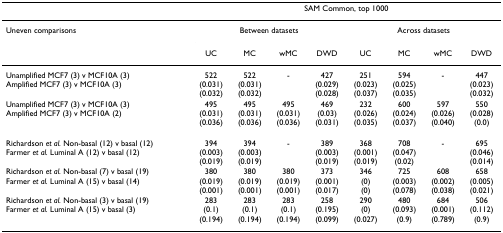
|  | <COLSPAN=8> SAM Common, top 1000 |
 | --- | --- | --- | --- | --- | --- | --- | --- | --- |
 | Uneven comparisons | <COLSPAN=4> Between datasets | <COLSPAN=4> Across datasets |
 |  | UC | MC | wMC | DWD | UC | MC | wMC | DWD |
 | Unamplified MCF7 (3) v MCF10A (3)Amplified MCF7 (3) v MCF10A (3) | 522(0.031)(0.032) | 522(0.031)(0.032) | - | 427(0.029)(0.028) | 251(0.023)(0.037) | 594(0.025)(0.035) | - | 447(0.023)(0.032) |
 | Unamplified MCF7 (3) v MCF10A (3)Amplified MCF7 (3) v MCF10A (2) | 495(0.031)(0.036) | 495(0.031)(0.036) | 495(0.031)(0.036) | 469(0.03)(0.031) | 232(0.026)(0.035) | 600(0.024)(0.037) | 597(0.026)(0.040) | 550(0.028)(0.0) |
 | Richardson et al. Non-basal (12) v basal (12)Farmer et al. Luminal A (12) v basal (12) | 394(0.003)(0.019) | 394(0.003)(0.019) | - | 389(0.003)(0.019) | 368(0.001)(0.019) | 708(0.047)(0.02) | - | 695(0.046)(0.014) |
 | Richardson et al. Non-basal (7) v basal (19)Farmer et al. Luminal A (15) v basal (14) | 380(0.019)(0.001) | 380(0.019)(0.001) | 380(0.019)(0.001) | 373(0.001)(0.017) | 346(0)(0) | 725(0.003)(0.078) | 608(0.002)(0.038) | 658(0.005)(0.021) |
 | Richardson et al. Non-basal (3) v basal (19)Farmer et al. Luminal A (15) v basal (3) | 283(0.1)(0.194) | 283(0.1)(0.194) | 283(0.1)(0.194) | 258(0.195)(0.099) | 290(0)(0.027) | 480(0.093)(0.9) | 684(0.001)(0.789) | 506(0.112)(0.9) |